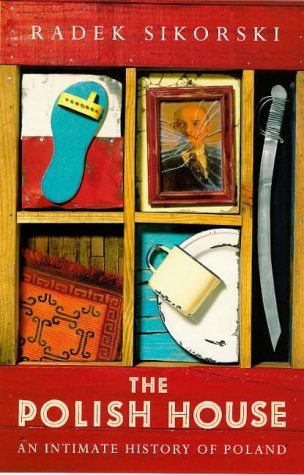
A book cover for The Polish House: An Intimate History of Poland; Radek Sikorski; Travel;